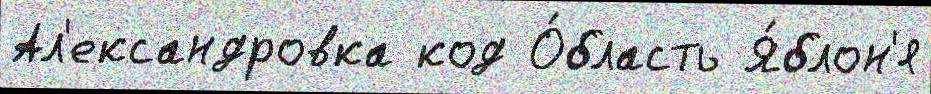
Ал'ександровка код О́бласть Я́блон'я